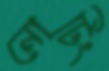
নোটিং